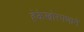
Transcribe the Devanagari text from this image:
हेकेखोरपणाने